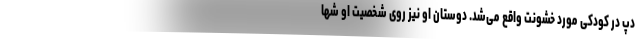
دپ در کودکی مورد خشونت واقع می‌شد. دوستان او نیز روی شخصیت او شها